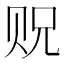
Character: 贶